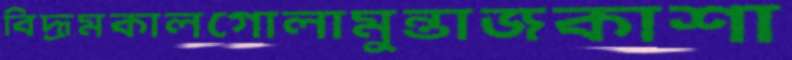
বিদ্রূমকালগোলামুন্তাজকাশা